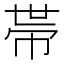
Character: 𢃄